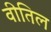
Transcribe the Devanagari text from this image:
वीतिल